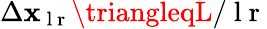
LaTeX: \Delta\mathbf{x}_{\mathrm{{~l~r~}}}\triangleqL/\mathrm{{~l~r~}}